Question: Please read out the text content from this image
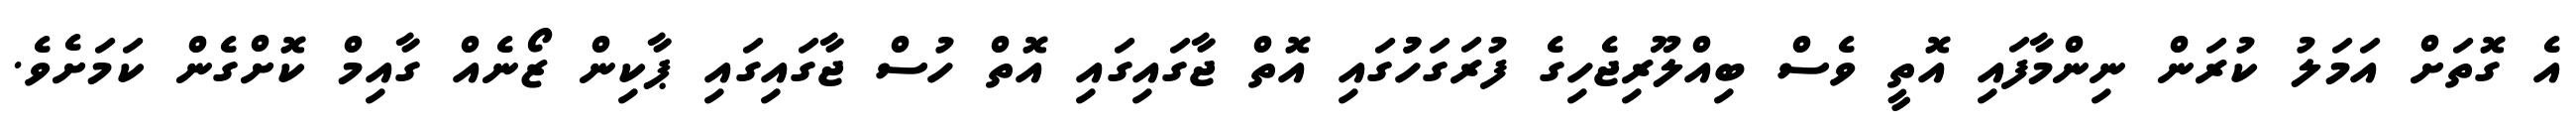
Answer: އެ ގޮތަށް އަމަލު ކުރަން ނިންމާފައި އޮތީ ވެސް ބިއްލޫރިޖެހިގެ ފުރަގަހުުގައި އޮތް ޖާގައިގައި އޮތް ހުސް ޖާގައިގައި ޕާކިން ޒޯނެއް ގާއިމް ކޮށްގެން ކަމަށެވެ.